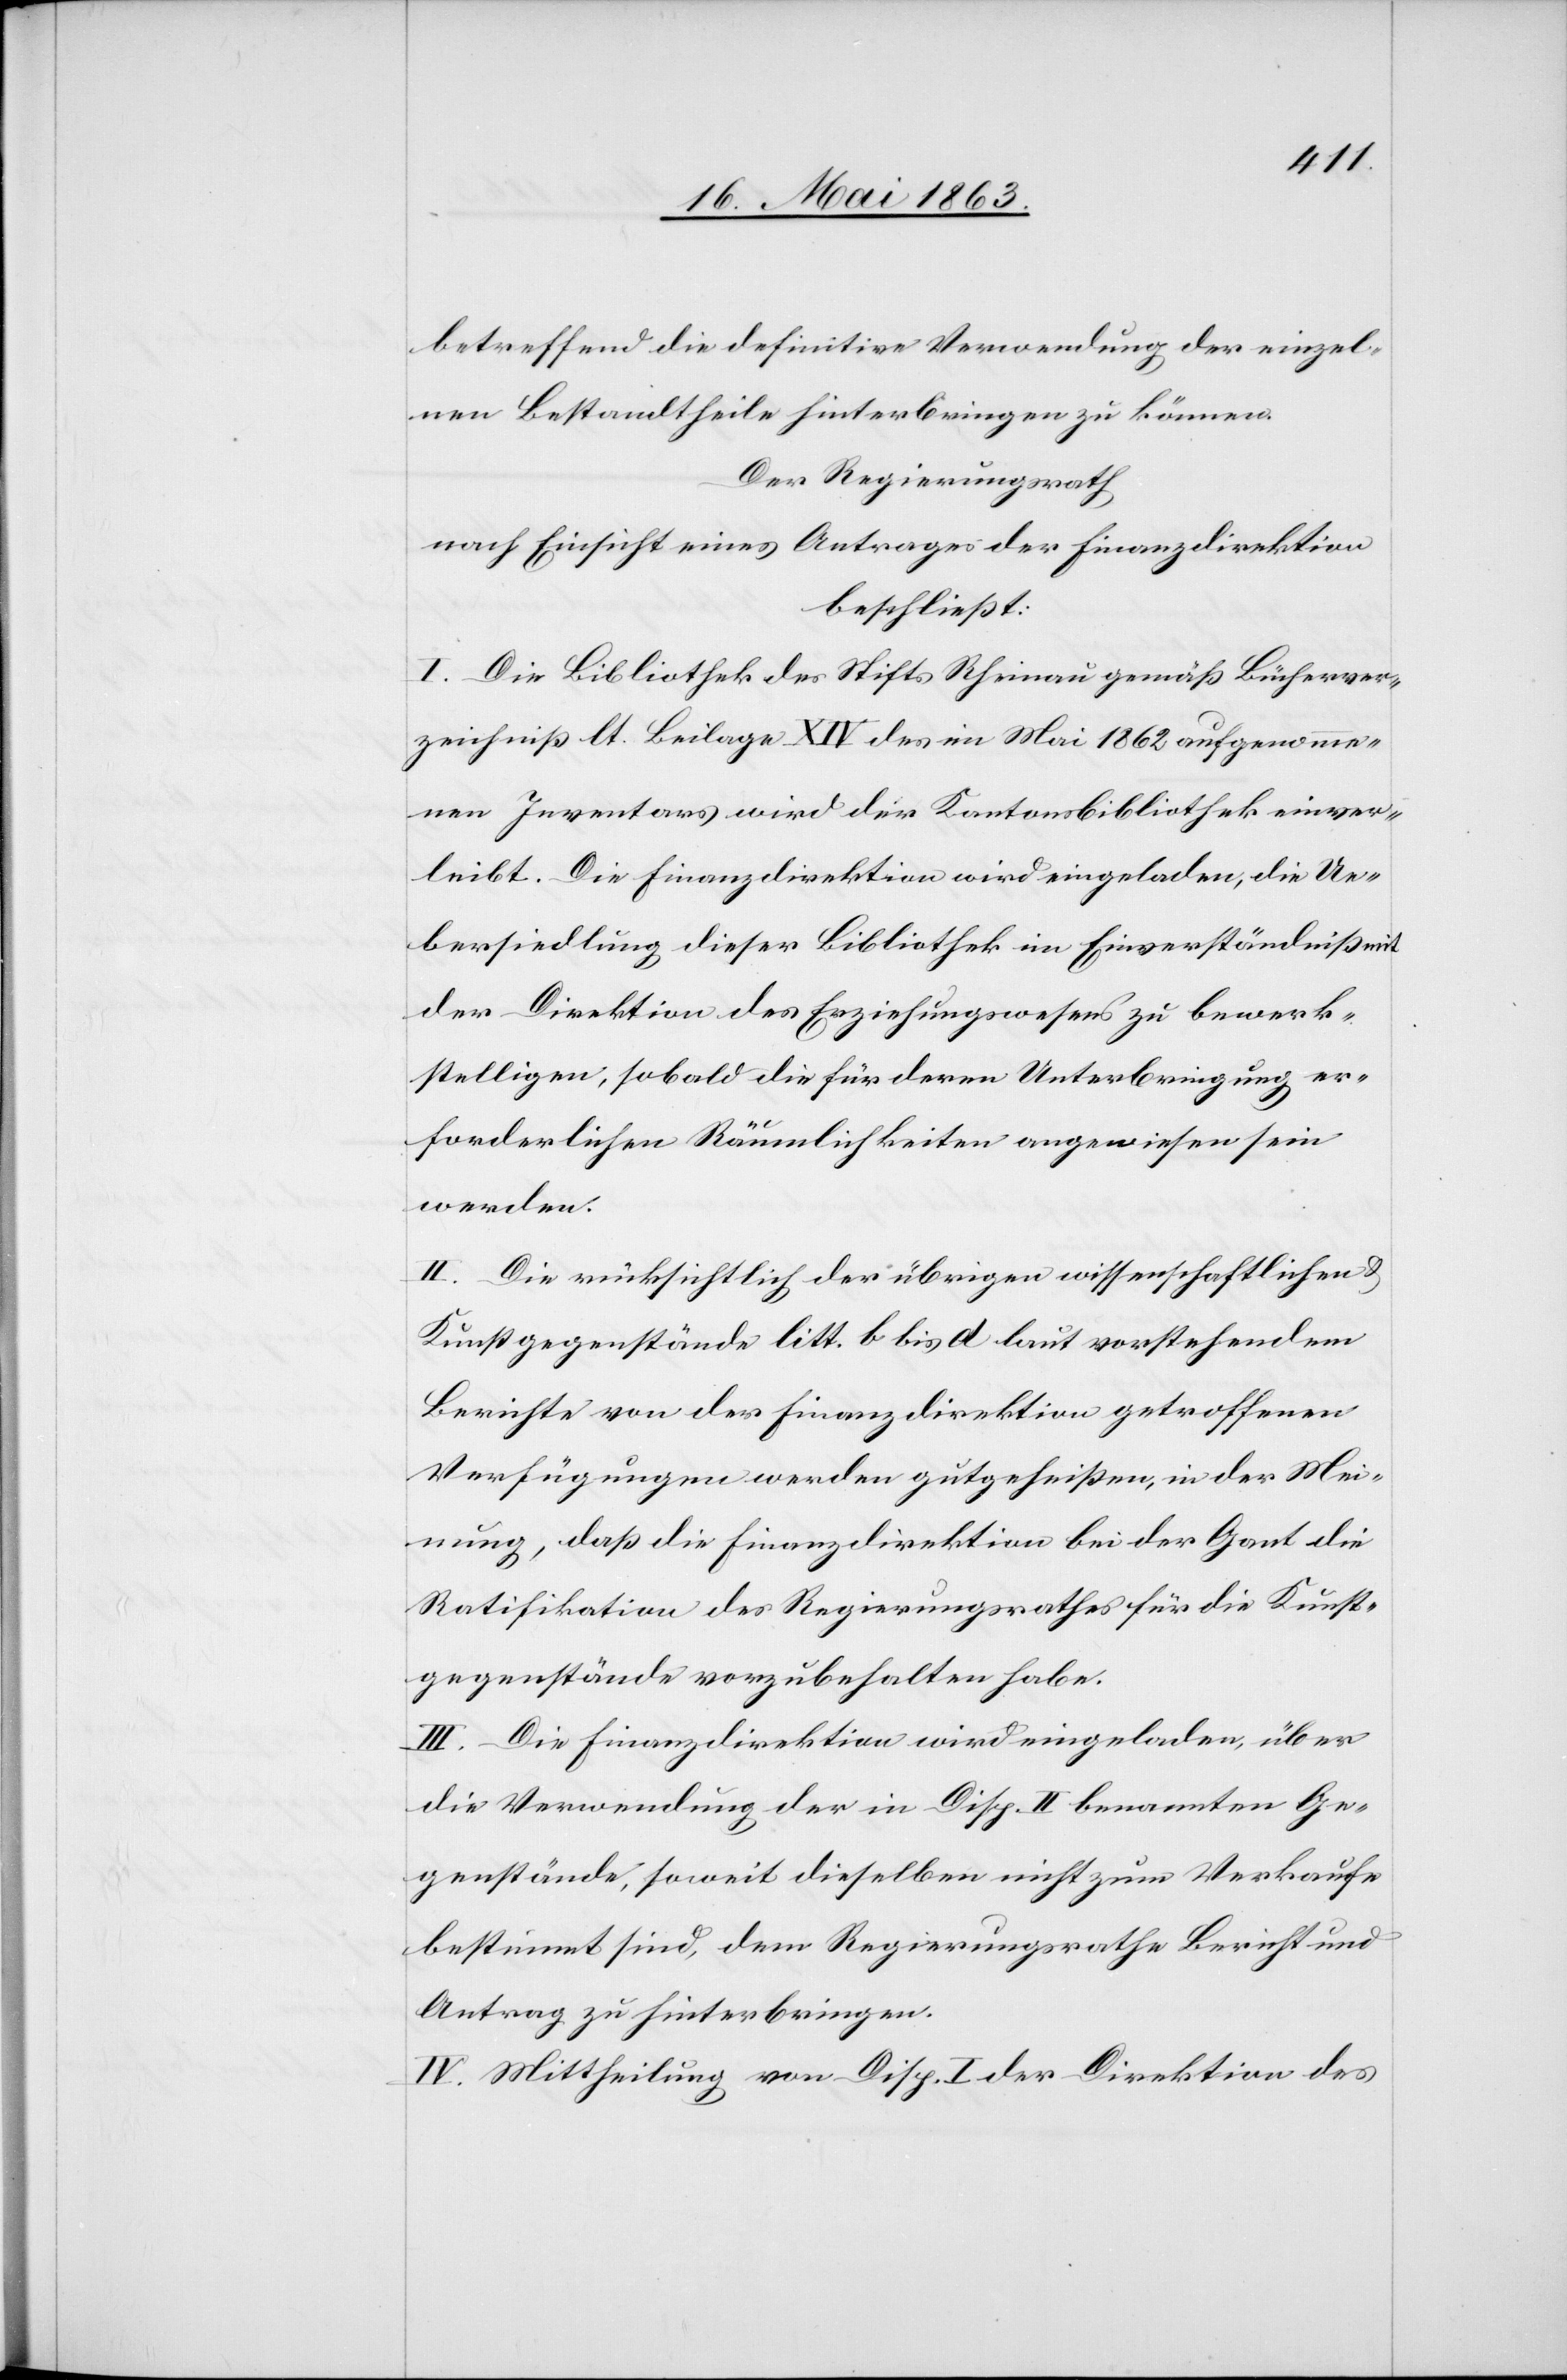
betreffend die definitive Verwendung der einzel¬
nen Bestandtheile hinterbringen zu können.
Der Regierungsrath
nach Einsicht eines Antrages der Finanzdirektion
beschließt:
I. Die Bibliothek des Stifts Rheinau gemäß Bücherver¬
zeichniß lt. Beilage XIV des im Mai 1862 aufgenomme¬
nen Inventars wird der Kantonsbibliothek einver¬
leibt. Die Finanzdirektion wird eingeladen, die Ue¬
bersiedlung dieser Bibliothek im Einverständniß mit
der Direktion des Erziehungswesens zu bewerk¬
stelligen, sobald die für deren Unterbringung er¬
forderlichen Räumlichkeiten angewiesen sein
werden.
II. Die rücksichtlich der übrigen wissenschaftlichen &
Kunstgegenstände litt. b bis d laut vorstehendem
Berichte von der Finanzdirektion getroffenen
Verfügungen werden gutgeheißen, in der Mei¬
nung, daß die Finanzdirektion bei der Gant die
Ratifikation des Regierungsrathes für die Kunst¬
gegenstände vorzubehalten habe.
III. Die Finanzdirektion wird eingeladen, über
die Verwendung der in Disp. II benannten Ge¬
genstände, soweit dieselben nicht zum Verkaufe
bestimmt sind, dem Regierungsrathe Bericht und
Antrag zu hinterbringen.
IV. Mittheilung von Disp. I der Direktion des